Annual administration report of the Civil Veterinary Department of India - 1896-1897
Year: 1896
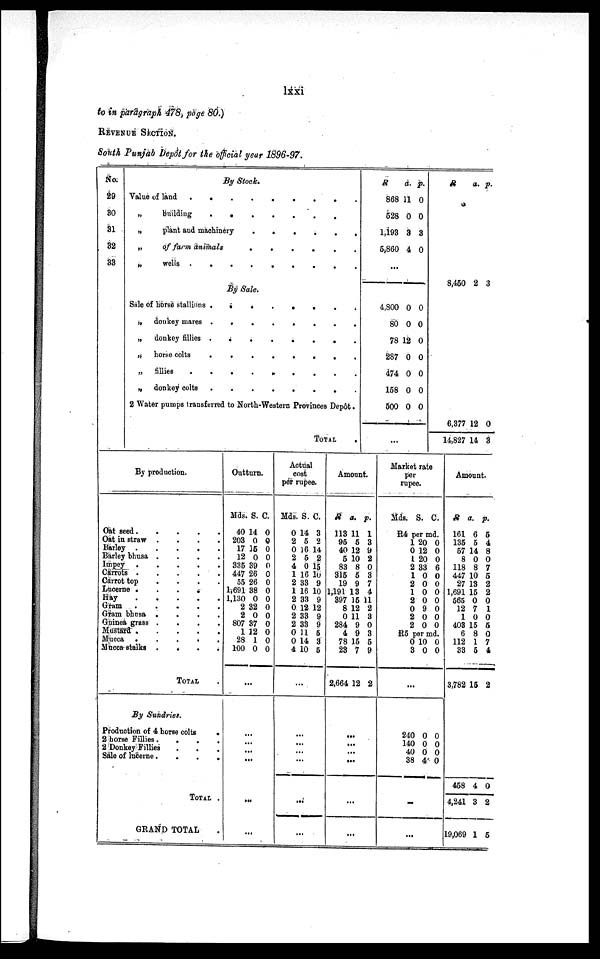
lxxi
to in paragraph 478, page 80.)
REVENUE SECTION.
South Punjab Depot for the official year 1896-97.
No.
29
30
31
32
33
By Stock.
Value of land . . . . . . . .
„
building
.
.
.
.
.
.
„
plant and machinery
.
.
.
.
.
.
„
of farm animals
.
.
.
.
.
.
„
wells .
.
.
.
.
.
.
.
.
By Sale.
Sale of horse stallions .
.
.
.
.
.
.
.
„ donkey mares .
.
.
.
.
.
.
.
„
donkey fillies .
.
.
.
.
.
.
.
„ horse colts
.
.
.
.
.
.
.
.
„
fillies
.
.
.
.
.
.
.
.
„ donkey colts .
.
.
.
.
.
.
.
2 Water pumps transferred to North-Western Provinces Depôt.
TOTAL .
R
a. p.
868 11 0
528 0 0
1,193 3 3
5.860 4 0
...
4,800 0 0
80 0 0
78 12 0
287 0 0
474 0 0
158 0 0
500 0 0
...
R
a. p.
8,450 2 3
6,377 12 0
14,827 14 3
By production.
Oat seed
.
.
.
.
.
Oat in straw .
.
.
.
Barley
Barley bhusa .
.
.
.
Impey .
.
.
.
.
Carrots
Carrot top
.
.
.
.
Lucerne
.
.
.
.
Hay
Gram
Gram bhusa
.
.
.
.
Guinea grass
....
Mustard .
.
.
.
.
Mucca .
.
.
.
.
Mucca stalks .
.
.
.
TOTAL
By Sundries.
Production of 4 horse colts
.
2 horse Fillies .
.
.
.
2 Donkey Fillies . . .
Sale of lucerne .
.
.
.
TOTAL .
GRAND TOTAL
Outturn.
Mds. S. C.
40 14 0
203 0 0
17 15 0
12 0 0
335 39 0
447 26 0
55 26 0
1,691 38 0
1,130 0 0
2 32 0
2 0 0
807 37 0
1 12 0
28 1 0
100 0 0
...
...
...
...
...
...
Actual
cost
per rupee.
Mds. S. C.
0 14 3
2 5 2
0 16 14
2 5 2
4 0 15
1 16 10
2 33 9
1 16 10
2 33 9
0 12 12
2 33 9
2 33 9
0 11 5
0 14 3
4 10 5
...
...
...
...
...
...
Amount.
R a. p.
113 11 1
95 5 3
40 12 9
5 10 2
83 8 0
315 5 3
19 9 7
1,191 13 4
397 15 11
8 12 2
0 11 3
284 9 0
4 9 3
78 15 5
23 7 9
2,664 12 2
...
...
...
...
...
Market rate
per
rupee.
Mds. S. C.
R4 per md.
1 20 0
0 12 0
1 20 0
2 33 6
1 0 0
2 0 0
1 0 0
2 0 0
0 9 0
2 0 0
2 0 0
R5 per md.
0 10 0
3 0 0
...
240 0 0
140 0 0
40 0 0
38 4 0
...
Amount.
R a. p.
161 6 5
135 5 4
57 14 8
8 0 0
118 8 7
447 10 5
27 13 2
1,691 15 2
565 0 0
12 7 1
1 0 0
403 15 5
6 8 0
112 1 7
33 5 4
3,782 15 2
458 4 0
4,241 3 2
19,069 1 5